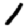
Digit: 1